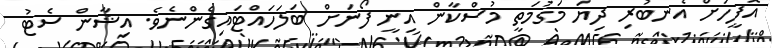
އޮފީހަށް އެނބުރި ދިޔަ މަގުމަތީ މުސްކާން އިނީ ފޯނަށް ބަލަހައްޓައިގެންނެވެ. އިޝާން ސެޓު